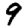
Digit: 9